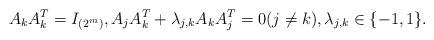
LaTeX: \begin{align*} A_k A_k^T &= I_{(2^m)}, A_j A_k^T + \lambda_{j,k} A_k A_j^T = 0 (j \neq k),\lambda_{j,k} \in \{-1,1\}.\end{align*}